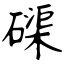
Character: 磲